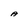
Character: A